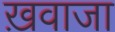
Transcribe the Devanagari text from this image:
ख़वाजा